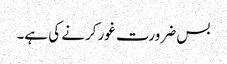
بس ضرورت غور کرنے کی ہے۔